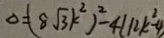
\Delta = ( 8 \sqrt { 3 } k ^ { 2 } ) ^ { 2 } - 4 ( 1 2 k ^ { 2 } - 4 )